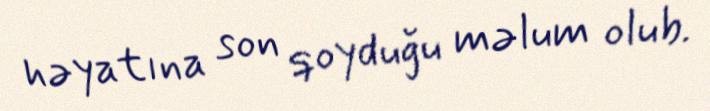
həyatına son qoyduğu məlum olub.